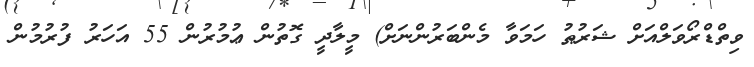
ވިތްޑްރޯވަލްއަށް ޝަރުޠު ހަމަވާ މެންބަރުންނަށް) މީލާދީ ގޮތުން ޢުމުރުން 55 އަހަރު ފުރުމުން